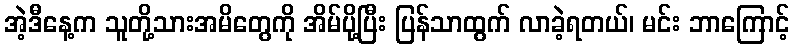
အဲ့ဒီနေ့က သူတို့သားအမိတွေကို အိမ်ပို့ပြီး ပြန်သာထွက် လာခဲ့ရတယ်၊ မင်း ဘာကြောင့်